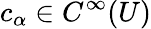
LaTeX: c_{\alpha}\in C^{\infty}(U)